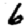
Digit: 6